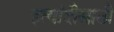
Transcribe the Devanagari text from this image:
इत्यांदीसाठी